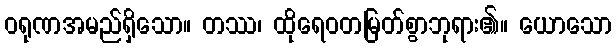
ဝရုဏအမည်ရှိသော။ တဿ၊ ထိုရေဝတမြတ်စွာဘုရား၏။ ယောသော